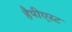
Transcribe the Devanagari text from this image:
हैपीएस्ट